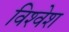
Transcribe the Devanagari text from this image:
विश्‍वेश